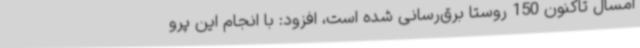
امسال تاکنون 150 روستا برق‌رسانی شده است، افزود: با انجام این پرو